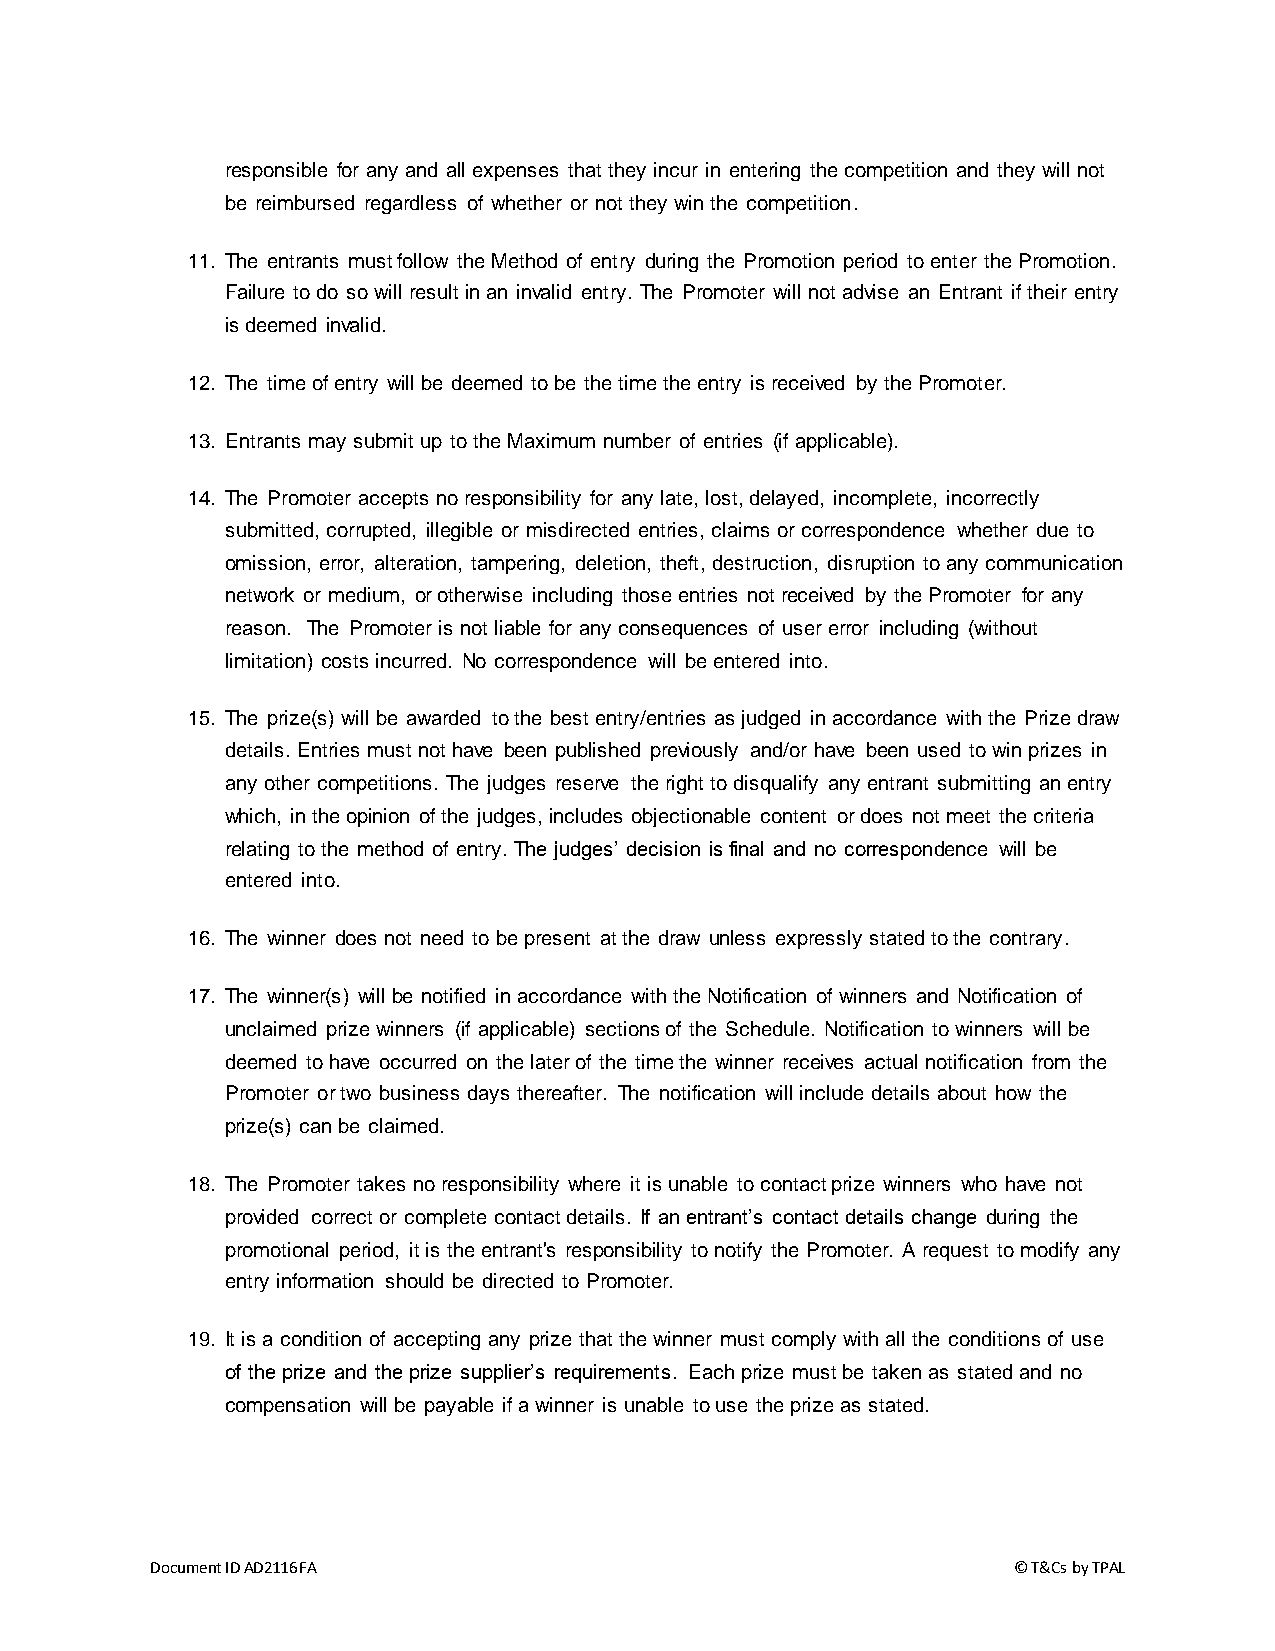
responsible for any and all expenses that they incur in entering the competition and they will not
 be reimbursed regardless of whether or not they win the competition.
 11. The entrants must follow the Method of entry during the Promotion period to enter the Promotion.
 Failure to do so will result in an invalid entry. The Promoter will not advise an Entrant if their entry
 is deemed invalid.
 12. The time of entry will be deemed to be the time the entry is received by the Promoter.
 13. Entrants may submit up to the Maximum number of entries (if applicable).
 14. The Promoter accepts no responsibility for any late, lost, delayed, incomplete, incorrectly
 submitted, corrupted, illegible or misdirected entries, claims or correspondence whether due to
 omission, error, alteration, tampering, deletion, theft, destruction, disruption to any communication
 network or medium, or otherwise including those entries not received by the Promoter for any
 reason. The Promoter is not liable for any consequences of user error including (without
 limitation) costs incurred. No correspondence will be entered into.
 15. The prize(s) will be awarded to the best entry/entries as judged in accordance with the Prize draw
 details. Entries must not have been published previously and/or have been used to win prizes in
 any other competitions. The judges reserve the right to disqualify any entrant submitting an entry
 which, in the opinion of the judges, includes objectionable content or does not meet the criteria
 relating to the method of entry. The judges’ decision is final and no correspondence will be
 entered into.
 16. The winner does not need to be present at the draw unless expressly stated to the contrary.
 17. The winner(s) will be notified in accordance with the Notification of winners and Notification of
 unclaimed prize winners (if applicable) sections of the Schedule. Notification to winners will be
 deemed to have occurred on the later of the time the winner receives actual notification from the
 Promoter or two business days thereafter. The notification will include details about how the
 prize(s) can be claimed.
 18. The Promoter takes no responsibility where it is unable to contact prize winners who have not
 provided correct or complete contact details. If an entrant’s contact details change during the
 promotional period, it is the entrant's responsibility to notify the Promoter. A request to modify any
 entry information should be directed to Promoter.
 19. It is a condition of accepting any prize that the winner must comply with all the conditions of use
 of the prize and the prize supplier’s requirements. Each prize must be taken as stated and no
 compensation will be payable if a winner is unable to use the prize as stated.
 Document ID AD2116FA                                     © T&Cs by TPAL